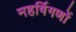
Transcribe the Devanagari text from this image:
महर्षिगणों